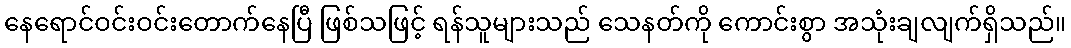
နေရောင်ဝင်းဝင်းတောက်နေပြီ ဖြစ်သဖြင့် ရန်သူများသည် သေနတ်ကို ကောင်းစွာ အသုံးချလျက်ရှိသည်။